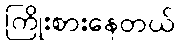
ကြိုးစားနေတယ်